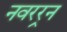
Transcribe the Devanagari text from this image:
नवरर्‍न